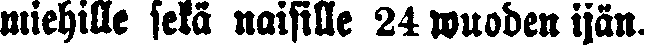
miehille sekä naisille 24 wuoden ijän.